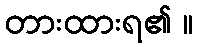
တားထားရ၏ ။